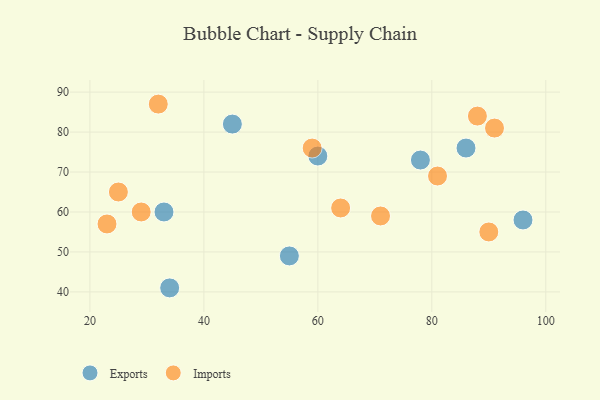
{"axis": {"x": "GDP", "y": "Life Expectancy"}, "legend": ["Exports", "Imports"], "data": [{"x": "60", "y": 74, "type": "Exports"}, {"x": "86", "y": 76, "type": "Exports"}, {"x": "96", "y": 58, "type": "Exports"}, {"x": "34", "y": 41, "type": "Exports"}, {"x": "33", "y": 60, "type": "Exports"}, {"x": "45", "y": 82, "type": "Exports"}, {"x": "78", "y": 73, "type": "Exports"}, {"x": "55", "y": 49, "type": "Exports"}, {"x": "29", "y": 60, "type": "Imports"}, {"x": "64", "y": 61, "type": "Imports"}, {"x": "23", "y": 57, "type": "Imports"}, {"x": "90", "y": 55, "type": "Imports"}, {"x": "91", "y": 81, "type": "Imports"}, {"x": "59", "y": 76, "type": "Imports"}, {"x": "88", "y": 84, "type": "Imports"}, {"x": "71", "y": 59, "type": "Imports"}, {"x": "81", "y": 69, "type": "Imports"}, {"x": "25", "y": 65, "type": "Imports"}, {"x": "32", "y": 87, "type": "Imports"}]}